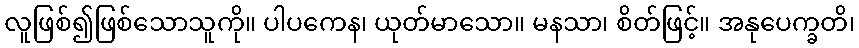
လူဖြစ်၍ဖြစ်သောသူကို။ ပါပကေန၊ ယုတ်မာသော။ မနသာ၊ စိတ်ဖြင့်။ အနုပေက္ခတိ၊